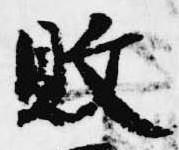
敗